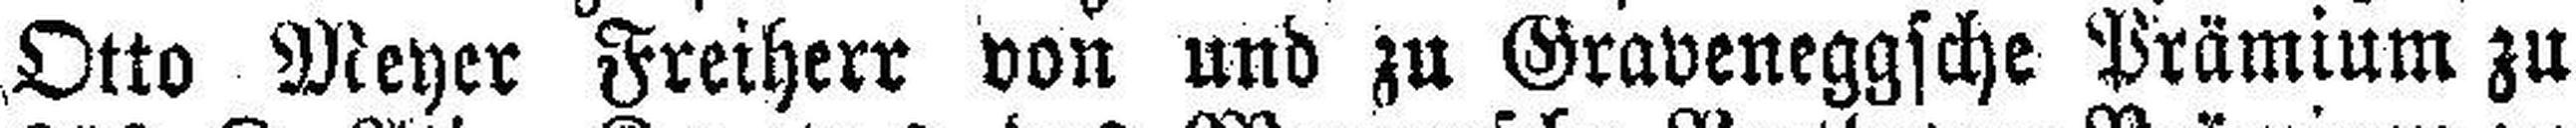
Otto Meyer Freiherr von und zu Graveneggsche Prämium zu